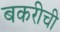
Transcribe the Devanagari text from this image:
बकरीची